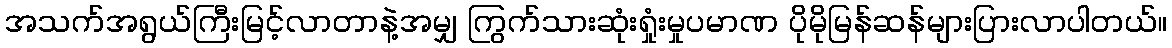
အသက်အရွယ်ကြီးမြင့်လာတာနဲ့အမျှ ကြွက်သားဆုံးရှုံးမှုပမာဏ ပိုမိုမြန်ဆန်များပြားလာပါတယ်။